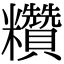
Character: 𥽷